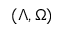
( \Lambda , \Omega )